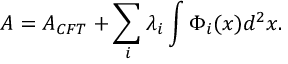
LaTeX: A = A _ { C F T } + \sum _ { i } \lambda _ { i } \int \Phi _ { i } ( x ) d ^ { 2 } x .